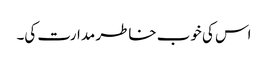
اس کی خوب خاطر مدارت کی۔